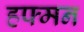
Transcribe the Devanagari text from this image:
हफ्मन